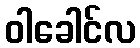
ဝါခေါင်လ